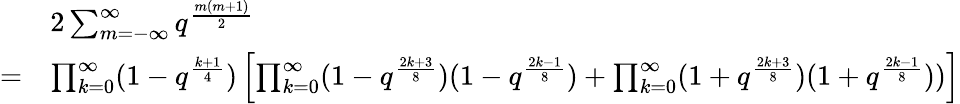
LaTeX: \begin{array}{rl}&{2\sum_{m=-\infty}^{\infty}q^{\frac{m(m+1)}{2}}}\\ {=}&{\prod_{k=0}^{\infty}(1-q^{\frac{k+1}{4}})\left[\prod_{k=0}^{\infty}(1-q^{\frac{2k+3}{8}})(1-q^{\frac{2k-1}{8}})+\prod_{k=0}^{\infty}(1+q^{\frac{2k+3}{8}})(1+q^{\frac{2k-1}{8}}))\right]}\end{array}